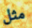
مثل